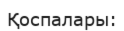
Қоспалары: